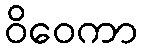
ဝိဝေကာ